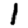
Digit: 1